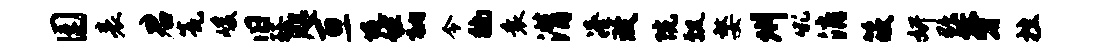
园表君瓮峻旧珏咫亘堤佐衲令徜衰潸凑致院瓢嫠州吼消筱妍黜牙挫